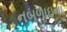
નબળાઇના